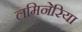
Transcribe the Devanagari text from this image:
लमिनेरिया